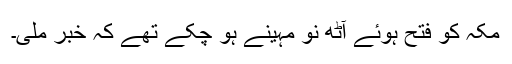
مکہ کو فتح ہوئے آٹھ نو مہینے ہو چکے تھے کہ خبر ملی۔